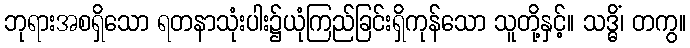
ဘုရားအစရှိသော ရတနာသုံးပါး၌ယုံကြည်ခြင်းရှိကုန်သော သူတို့နှင့်။ သဒ္ဓိံ၊ တကွ။